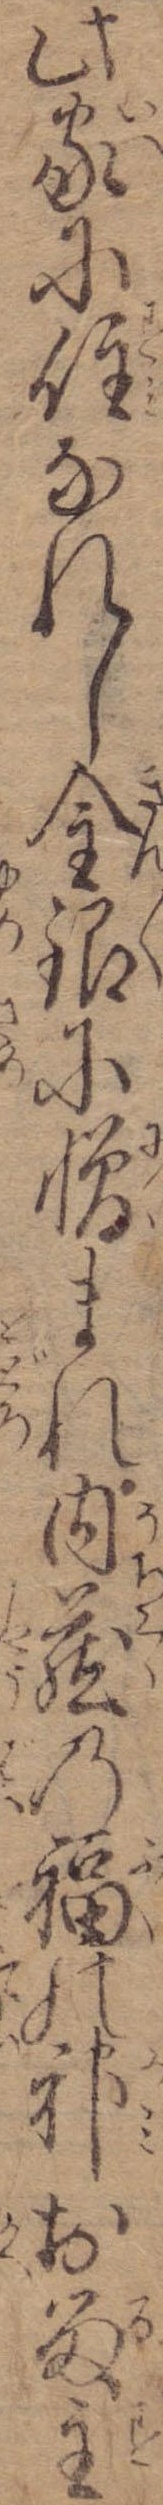
此家に住なれし金銀に憎まれ内蔵の福の神お留主